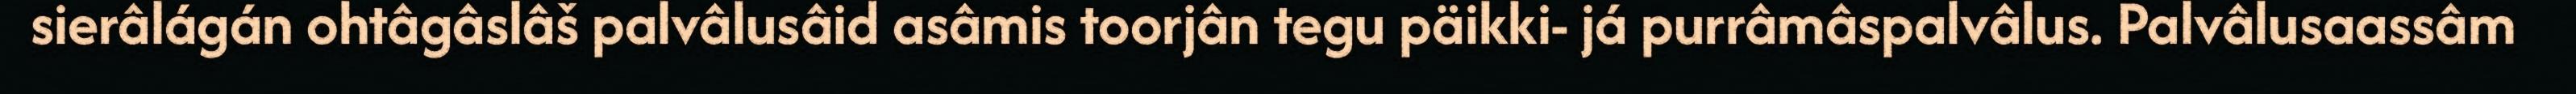
sierâlágán ohtâgâslâš palvâlusâid asâmis toorjân tegu päikki- já purrâmâspalvâlus. Palvâlusaassâm